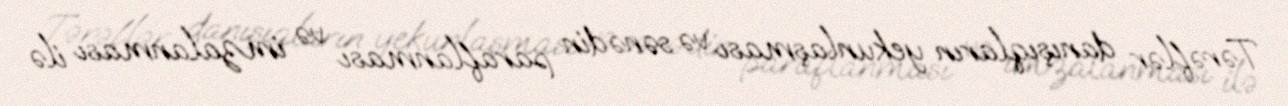
Tərəflər danışıqların yekunlaşması və sənədin paraflanması və imzalanması ilə